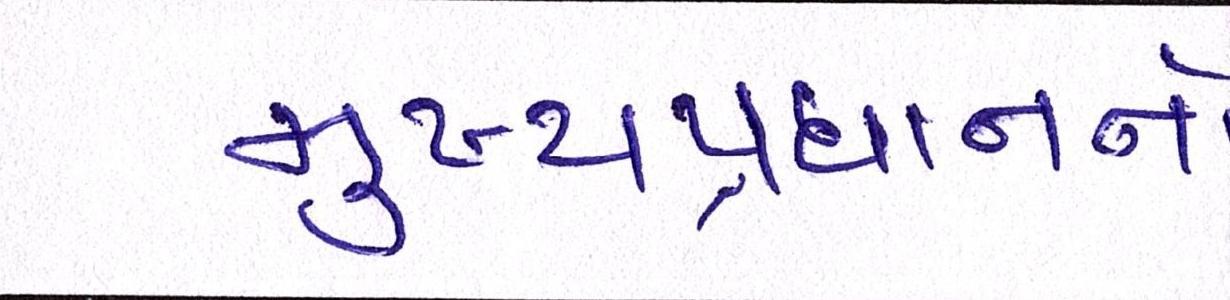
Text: મુખ્યપ્રધાનનો